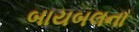
બાયબલના